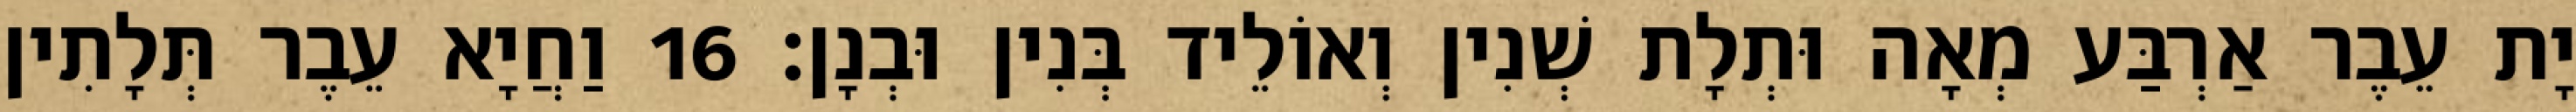
יָת עֵבֶר אַרְבַּע מְאָה וּתְלָת שְׁנִין וְאוֹלֵיד בְּנִין וּבְנָן׃ 16 וַחֲיָא עֵבֶר תְּלָתִין